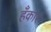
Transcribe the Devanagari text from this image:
हँकार